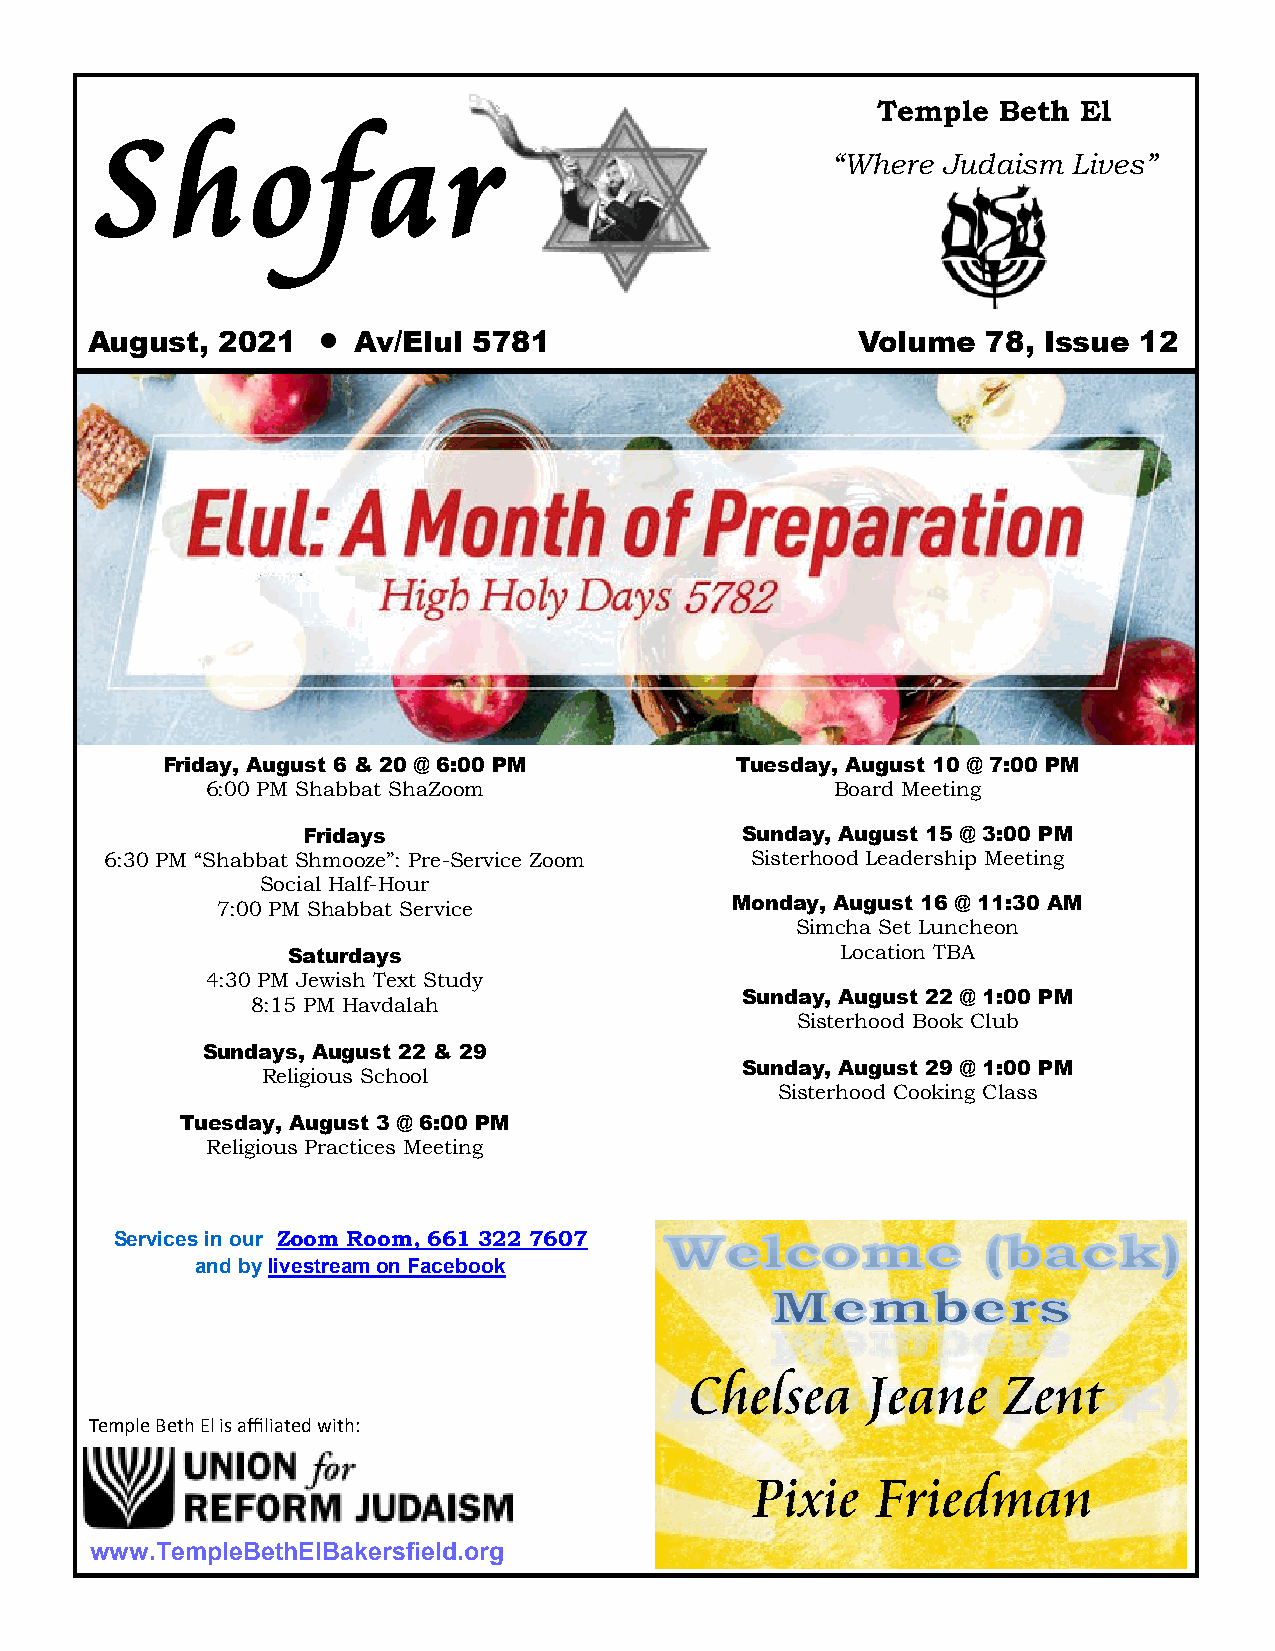
Temple  Beth  El
 S    h     o   f   a    r
 “Where Judaism  Lives”
 August,  2021     Av/Elul 5781                     Volume  78, Issue 12
 Friday, August 6 & 20 @ 6:00 PM       Tuesday, August 10 @ 7:00 PM
 6:00 PM Shabbat ShaZoom                  Board Meeting
 Fridays                      Sunday, August 15 @ 3:00 PM
 6:30 PM “Shabbat Shmooze”: Pre-Service Zoom Sisterhood Leadership Meeting
 Social Half-Hour
 7:00 PM Shabbat Service           Monday, August 16 @ 11:30 AM
 Simcha Set Luncheon
 Saturdays                            Location TBA
 4:30 PM Jewish Text Study
 Sunday, August 22 @ 1:00 PM
 8:15 PM Havdalah
 Sisterhood Book Club
 Sundays, August 22 & 29
 Sunday, August 29 @ 1:00 PM
 Religious School
 Sisterhood Cooking Class
 Tuesday, August 3 @ 6:00 PM
 Religious Practices Meeting
 Services in our Zoom Room, 661 322 7607
 and by livestream on Facebook
 Chelsea    Jeane    Zent
 Temple Beth El is affiliated with:
 Pixie   Friedman
 www.TempleBethElBakersfield.org